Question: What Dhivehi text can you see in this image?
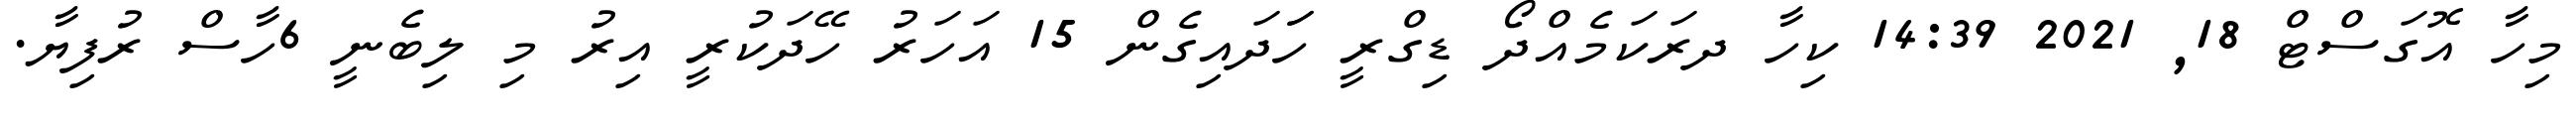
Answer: މިހާ އޮގަސްޓް 18, 2021 14:39 ކިހާ ދރަކަމެއްދޯ ޑިގްރީ ހަަދައިގެން 15 އަހަރު ހޭދަކުރީ އިރު މި ލިބެނީ 6ހާސް ރުފިޔާ.